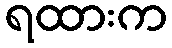
ရထားက